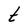
Character: t